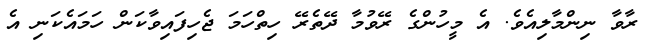
ރާވާ ނިންމާލިއެވެ. އެ މީހުންގެ ރޭވުމާ ދޭތެރޭ ހިތްހަމަ ޖެހިފައިވާކަން ހަމައެކަނި އެ